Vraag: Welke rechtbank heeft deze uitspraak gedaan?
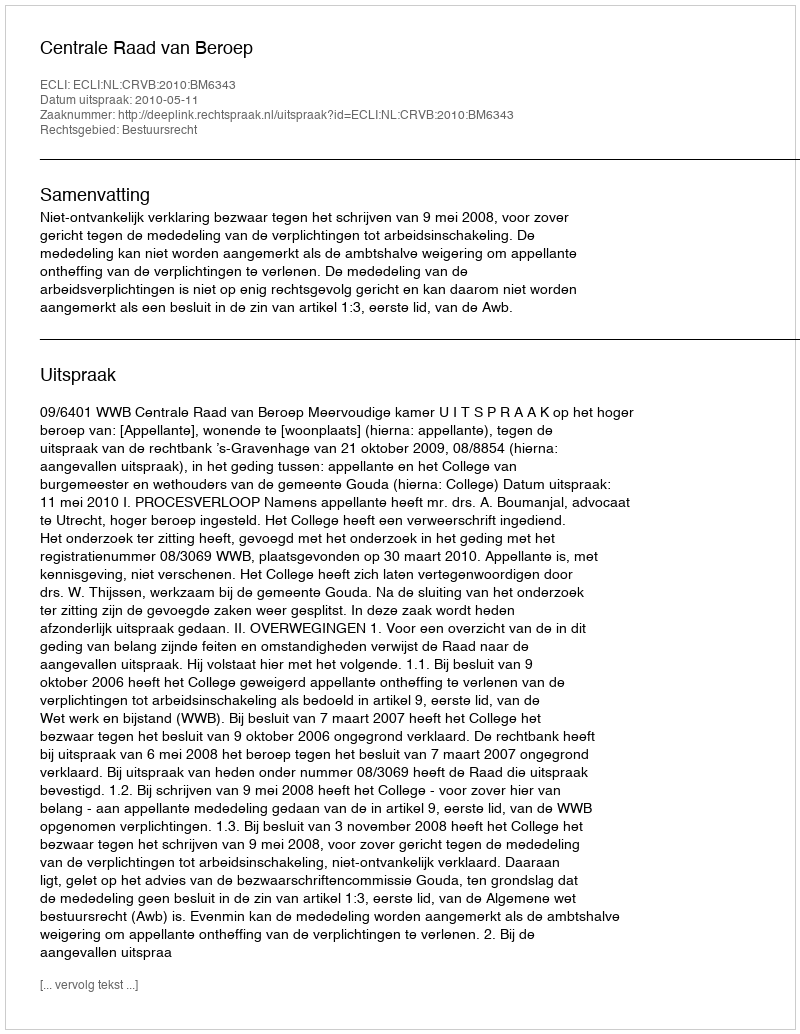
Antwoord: Centrale Raad van Beroep